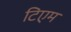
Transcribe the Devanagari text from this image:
टिएम